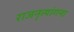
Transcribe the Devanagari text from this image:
राजनृत्यांगना